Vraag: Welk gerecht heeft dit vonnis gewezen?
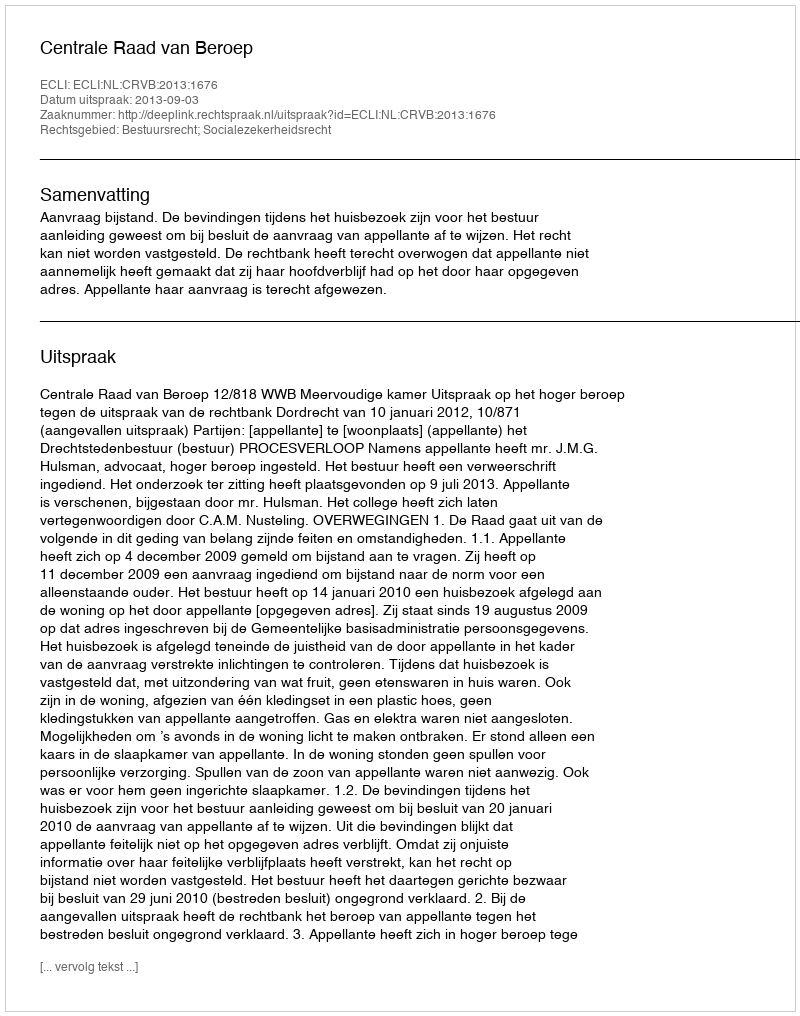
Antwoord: Centrale Raad van Beroep